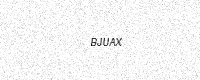
Text: BJUAX